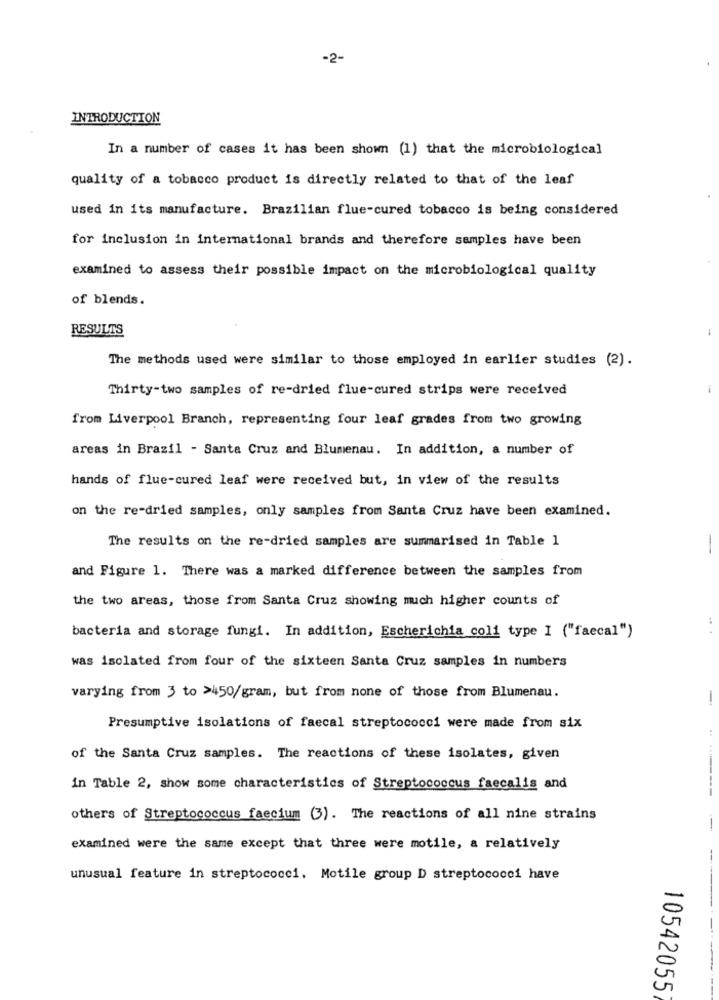
-2-
INTRODUCTION
In a number of cases it has been shown (1) that the microbiological
quality of a tobacco product is directly related to that of the leaf
used in its manufacture. Brazilian flue-cured tobacco is being considered
for inclusion in international brands and therefore samples have been
examined to assess their possible impact on the microbiological quality
of blends.
RESULTS
The methods used were similar to those employed in earlier studies (2).
Thirty-two samples of re-dried flue-cured strips were received
from Liverpool Branch, representing four leaf grades from two growing
areas in Brazil - Santa Cruz and Blumenau. In addition, a number of
hands of flue-cured leaf were received but, in view of the results
on the re-dried samples, only samples from Santa Cruz have been examined.
The results on the re-dried samples are summarised in Table 1
and Figure 1. There was a marked difference between the samples from
the two areas, those from Santa Cruz showing much higher counts of
.. .
bacteria and storage fungi. In addition, Escherichia coli type I ("faecal")
was isolated from four of the sixteen Santa Cruz samples in numbers
varying from 3 to >450/gram, but from none of those from Blumenau.
Presumptive isolations of faecal streptococci were made from six
:
of the Santa Cruz samples. The reactions of these isolates, given
in Table 2, show some characteristics of Streptococcus faecalis and
others of Streptococcus faecium (3). The reactions of all nine strains
-
examined were the same except that three were motile, a relatively
unusual feature in streptococci. Motile group D streptococci have
10542055